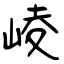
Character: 崚